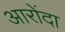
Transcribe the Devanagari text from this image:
आरोंदा